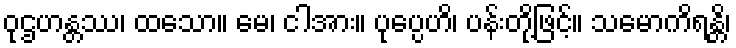
ဝုဌဟန္တဿ၊ ထသော။ မေ၊ ငါအား။ ပုပ္ပေဟိ၊ ပန်းတို့ဖြင့်။ သမောကိရန္တိ၊